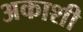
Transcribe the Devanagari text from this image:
अकाशी